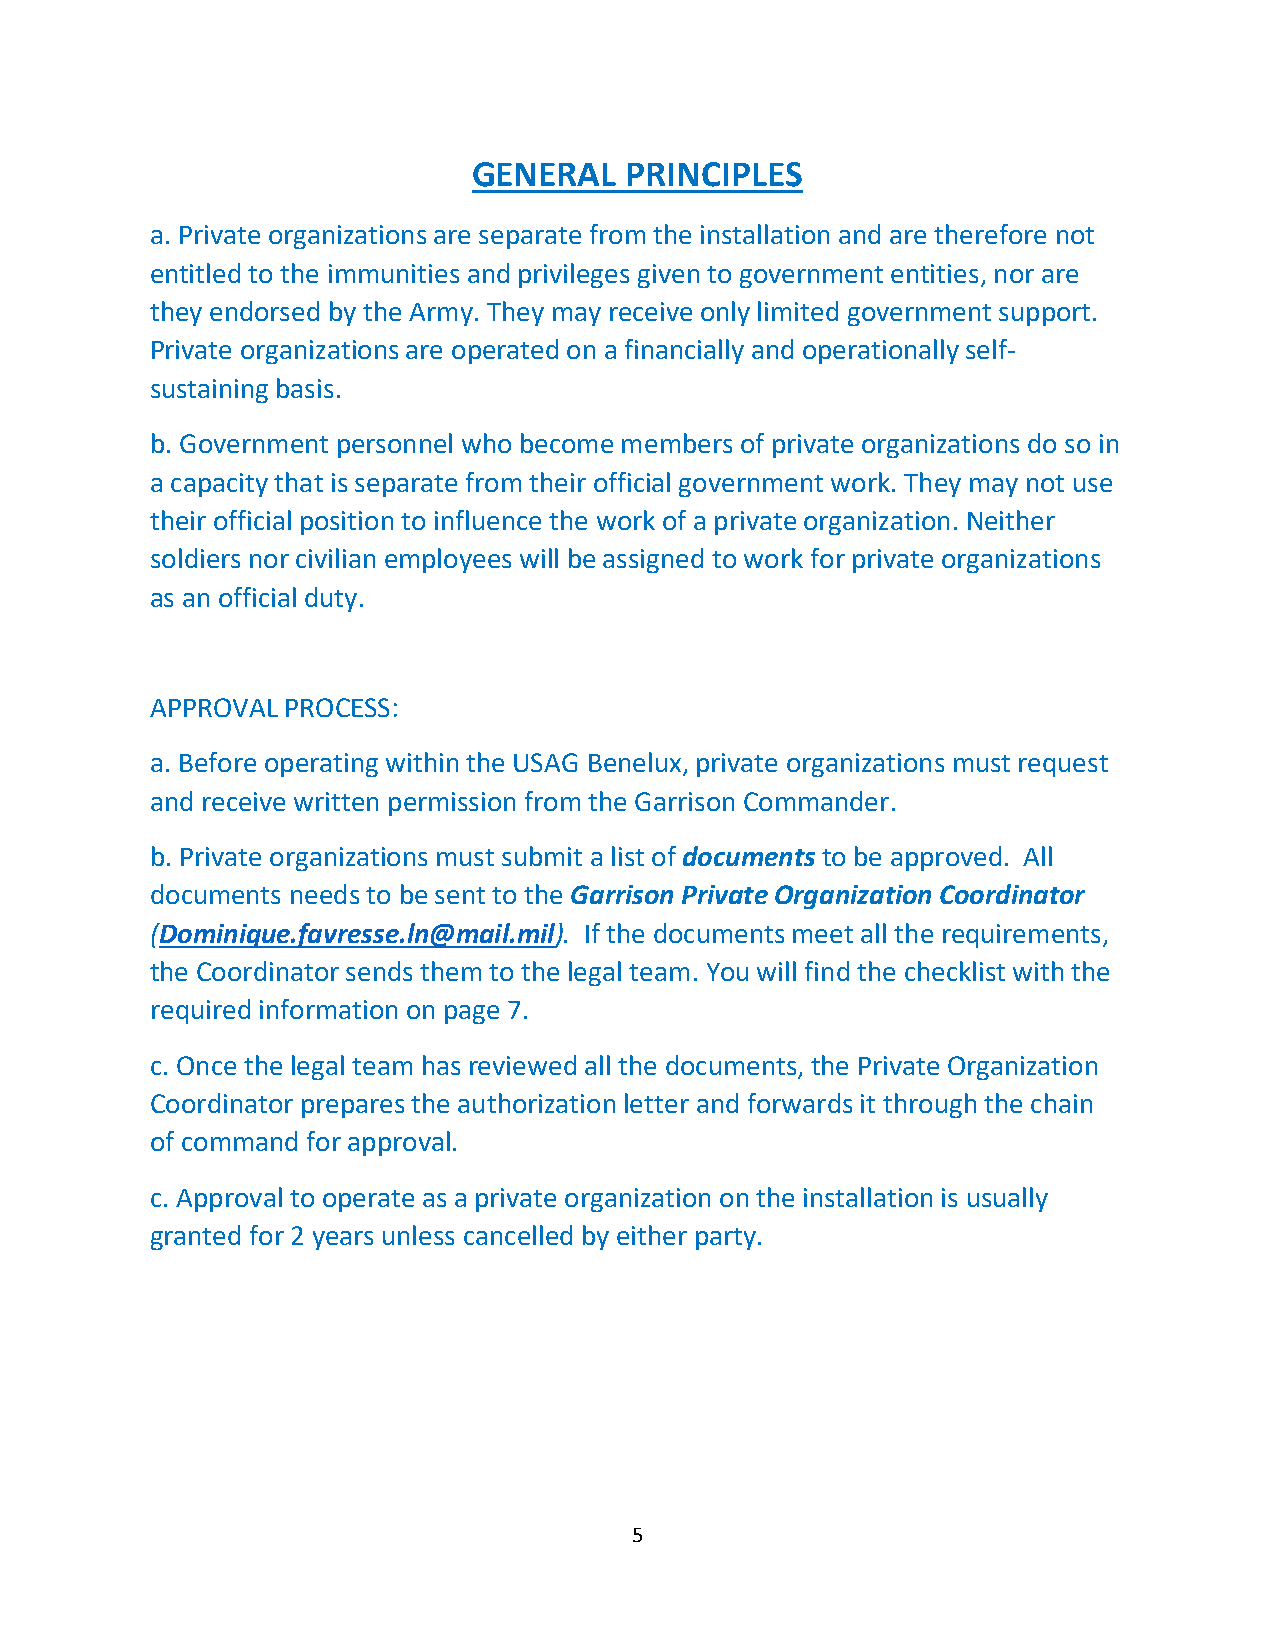
GENERAL   PRINCIPLES
 a. Private organizations are separate from the installation and are therefore not
 entitled to the immunities and privileges given to government entities, nor are
 they endorsed by the Army. They may receive only limited government support.
 Private organizations are operated on a financially and operationally self-
 sustaining basis.
 b. Government personnel who become members of private organizations do so in
 a capacity that is separate from their official government work. They may not use
 their official position to influence the work of a private organization. Neither
 soldiers nor civilian employees will be assigned to work for private organizations
 as an official duty.
 APPROVAL PROCESS:
 a. Before operating within the USAG Benelux, private organizations must request
 and receive written permission from the Garrison Commander.
 b. Private organizations must submit a list of documents to be approved. All
 documents needs to be sent to the Garrison Private Organization Coordinator
 (Dominique.favresse.ln@mail.mil). If the documents meet all the requirements,
 the Coordinator sends them to the legal team. You will find the checklist with the
 required information on page 7.
 c. Once the legal team has reviewed all the documents, the Private Organization
 Coordinator prepares the authorization letter and forwards it through the chain
 of command for approval.
 c. Approval to operate as a private organization on the installation is usually
 granted for 2 years unless cancelled by either party.
 5